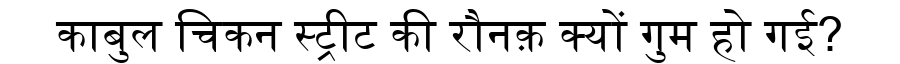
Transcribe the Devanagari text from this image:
काबुल चिकन स्ट्रीट की रौनक़ क्यों गुम हो गई?